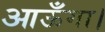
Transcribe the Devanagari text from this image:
आऊँगा।